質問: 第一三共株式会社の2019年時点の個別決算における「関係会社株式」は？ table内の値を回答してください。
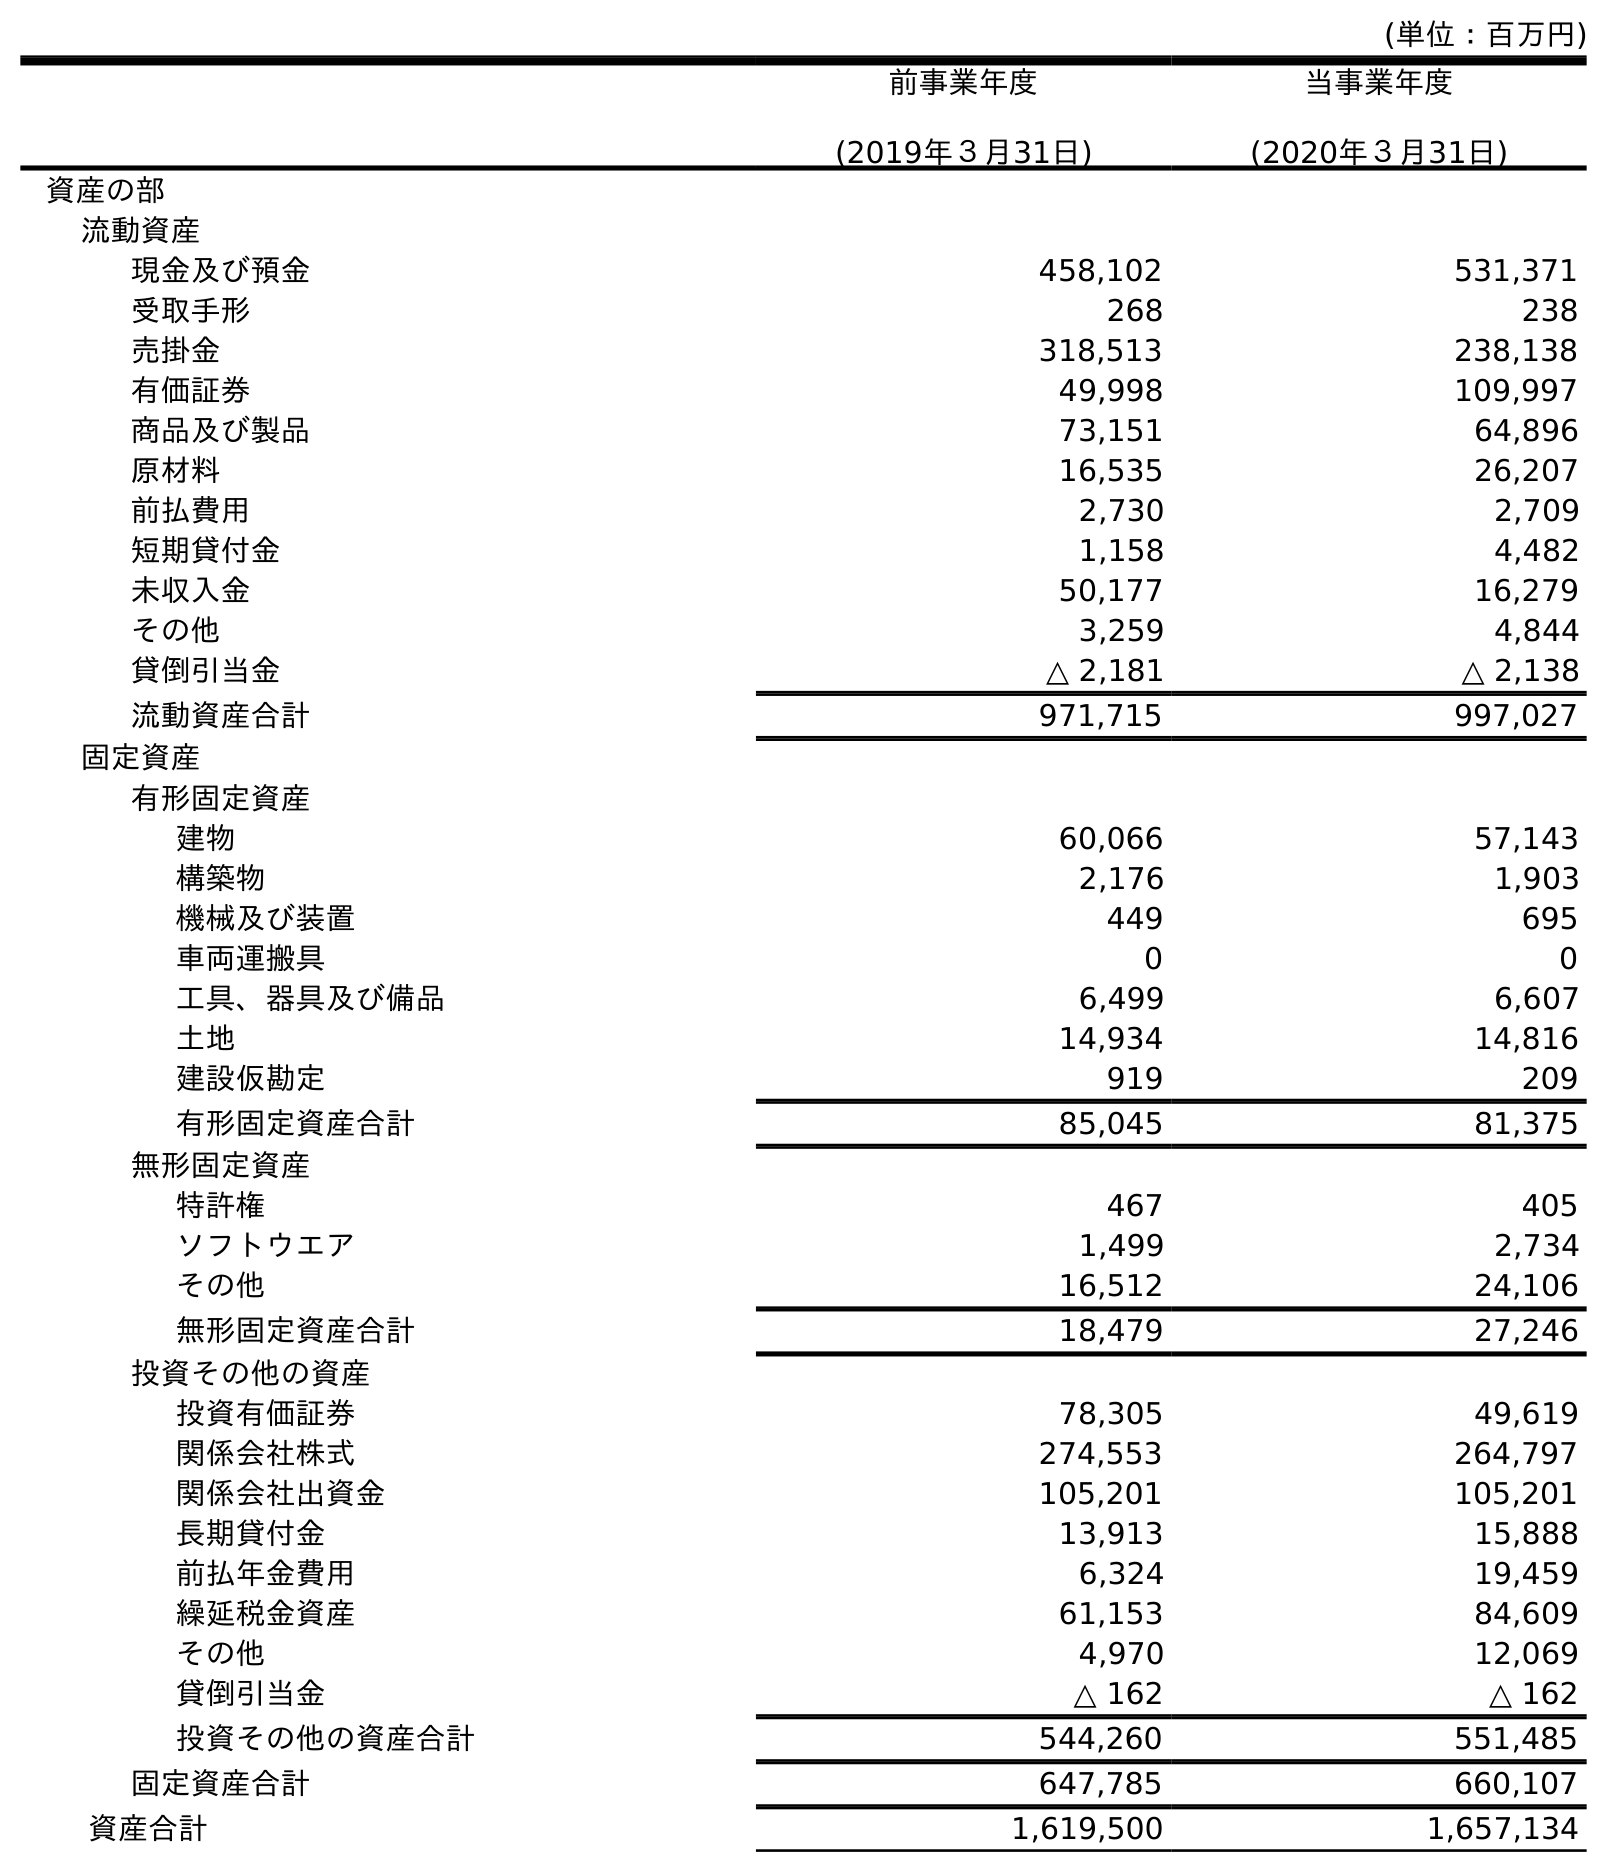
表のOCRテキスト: (単位：百万円) 前事業年度 (2019年３月31日) 当事業年度 (2020年３月31日) 資産の部 流動資産 現金及び預金 458,102 531,371 受取手形 268 238 売掛金 318,513 238,138 有価証券 49,998 109,997 商品及び製品 73,151 64,896 原材料 16,535 26,207 前払費用 2,730 2,709 短期貸付金 1,158 4,482 未収入金 50,177 16,279 その他 3,259 4,844 貸倒引当金 △ 2,181 △ 2,138 流動資産合計 971,715 997,027 固定資産 有形固定資産 建物 60,066 57,143 構築物 2,176 1,903 機械及び装置 449 695 車両運搬具 0 0 工具、器具及び備品 6,499 6,607 土地 14,934 14,816 建設仮勘定 919 209 有形固定資産合計 85,045 81,375 無形固定資産 特許権 467 405 ソフトウエア 1,499 2,734 その他 16,512 24,106 無形固定資産合計 18,479 27,246 投資その他の資産 投資有価証券 78,305 49,619 関係会社株式 274,553 264,797 関係会社出資金 105,201 105,201 長期貸付金 13,913 15,888 前払年金費用 6,324 19,459 繰延税金資産 61,153 84,609 その他 4,970 12,069 貸倒引当金 △ 162 △ 162 投資その他の資産合計 544,260 551,485 固定資産合計 647,785 660,107 資産合計 1,619,500 1,657,134
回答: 274,553